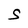
Character: S